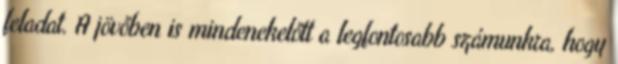
feladat. A jövőben is mindenekelőtt a legfontosabb számunkra, hogy